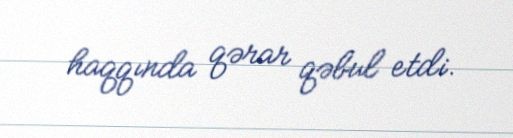
haqqında qərar qəbul etdi.